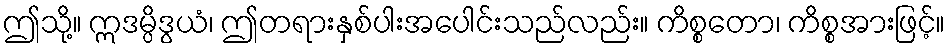
ဤသို့။ ဣဒမ္ပိဒွယံ၊ ဤတရားနှစ်ပါးအပေါင်းသည်လည်း။ ကိစ္စတော၊ ကိစ္စအားဖြင့်။